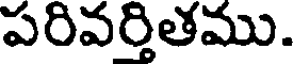
పరివర్తితము.